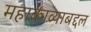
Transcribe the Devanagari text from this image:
महाकाव्याबद्दल